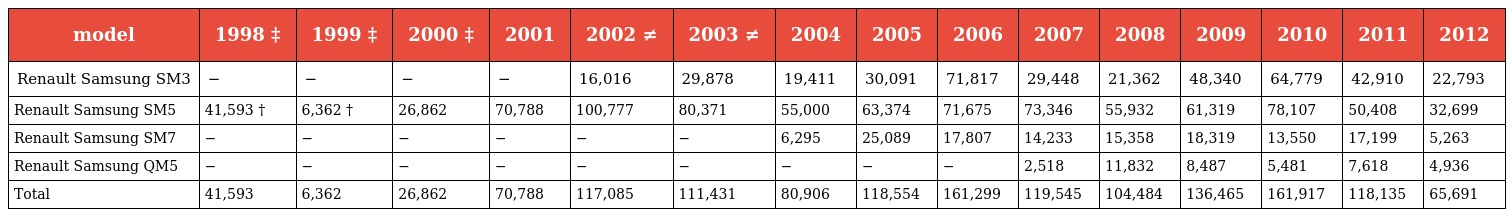
| model | 1998 ‡ | 1999 ‡ | 2000 ‡ | 2001 | 2002 ≠ | 2003 ≠ | 2004 | 2005 | 2006 | 2007 | 2008 | 2009 | 2010 | 2011 | 2012 |
 | --- | --- | --- | --- | --- | --- | --- | --- | --- | --- | --- | --- | --- | --- | --- | --- |
 | Renault Samsung SM3 | − | − | − | − | 16,016 | 29,878 | 19,411 | 30,091 | 71,817 | 29,448 | 21,362 | 48,340 | 64,779 | 42,910 | 22,793 |
 | Renault Samsung SM5 | 41,593 † | 6,362 † | 26,862 | 70,788 | 100,777 | 80,371 | 55,000 | 63,374 | 71,675 | 73,346 | 55,932 | 61,319 | 78,107 | 50,408 | 32,699 |
 | Renault Samsung SM7 | − | − | − | − | − | − | 6,295 | 25,089 | 17,807 | 14,233 | 15,358 | 18,319 | 13,550 | 17,199 | 5,263 |
 | Renault Samsung QM5 | − | − | − | − | − | − | − | − | − | 2,518 | 11,832 | 8,487 | 5,481 | 7,618 | 4,936 |
 | Total | 41,593 | 6,362 | 26,862 | 70,788 | 117,085 | 111,431 | 80,906 | 118,554 | 161,299 | 119,545 | 104,484 | 136,465 | 161,917 | 118,135 | 65,691 |